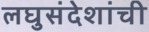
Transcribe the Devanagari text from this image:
लघुसंदेशांची